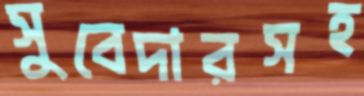
সুবেদারসহ